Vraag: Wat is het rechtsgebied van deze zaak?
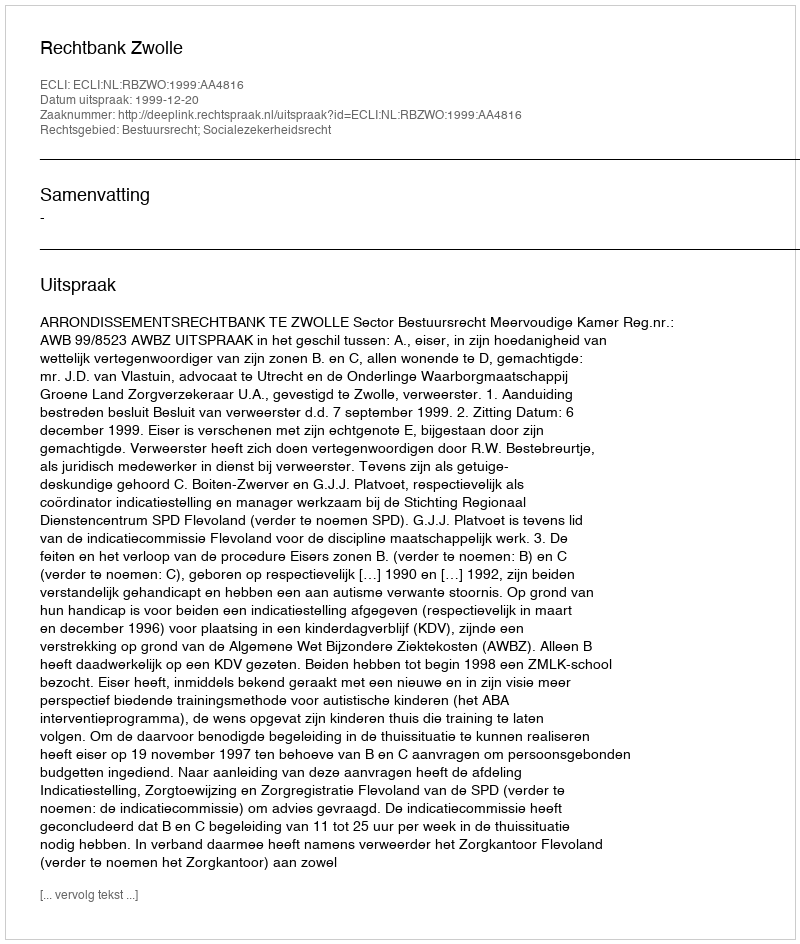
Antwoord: Bestuursrecht; Socialezekerheidsrecht